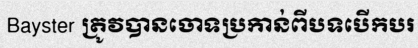
Bayster ត្រូវបានចោទប្រកាន់ពីបទបើកបរ